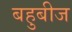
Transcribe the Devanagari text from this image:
बहुबीज